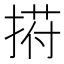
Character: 𢰆